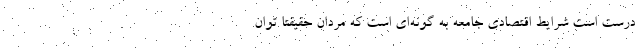
درست است شرایط اقتصادی جامعه به گونه‌ای است که مردان حقیقتا توان